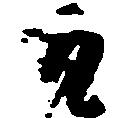
取